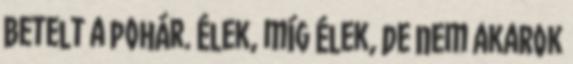
Betelt a pohár. Élek, míg élek, de nem akarok